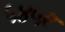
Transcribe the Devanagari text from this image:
५४५९